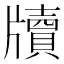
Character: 牘